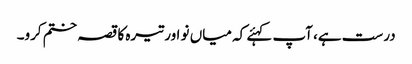
درست ہے، آپ کہئے کہ میاں نو اور تیرہ کا قصہ ختم کرو۔